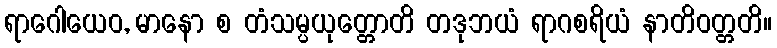
ရာဂေါယေဝ, မာနော စ တံသမ္ပယုတ္တောတိ တဒုဘယံ ရာဂစရိယံ နာတိဝတ္တတိ။